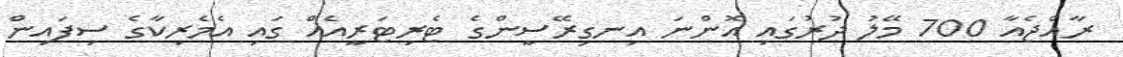
ރާއްޖެއާ 700 މޭލު ދުރުގައި އޮންނަ އިނގިރޭސީންގެ ޓެރިޓަރީއެއް ގައި އެމެރިކާގެ ސިފައިން